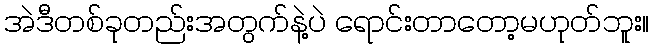
အဲဒီတစ်ခုတည်းအတွက်နဲ့ပဲ ရောင်းတာတော့မဟုတ်ဘူး။